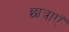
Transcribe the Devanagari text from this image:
छात्राएॅ